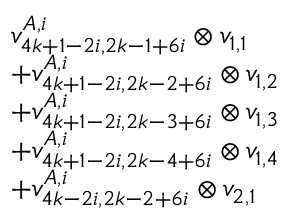
\begin{array} { r l } & { v _ { 4 k + 1 - 2 i , 2 k - 1 + 6 i } ^ { A , i } \otimes v _ { 1 , 1 } } \\ & { + v _ { 4 k + 1 - 2 i , 2 k - 2 + 6 i } ^ { A , i } \otimes v _ { 1 , 2 } } \\ & { + v _ { 4 k + 1 - 2 i , 2 k - 3 + 6 i } ^ { A , i } \otimes v _ { 1 , 3 } } \\ & { + v _ { 4 k + 1 - 2 i , 2 k - 4 + 6 i } ^ { A , i } \otimes v _ { 1 , 4 } } \\ & { + v _ { 4 k - 2 i , 2 k - 2 + 6 i } ^ { A , i } \otimes v _ { 2 , 1 } } \end{array}